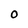
Character: O